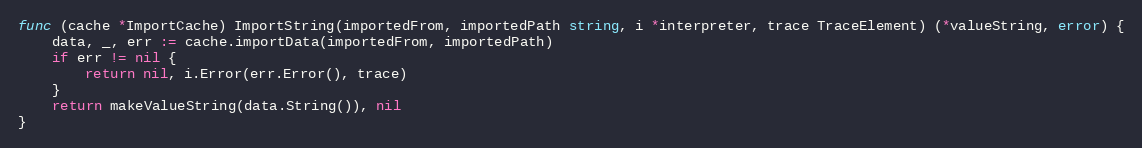
Language: Go
func (cache *ImportCache) ImportString(importedFrom, importedPath string, i *interpreter, trace TraceElement) (*valueString, error) {
	data, _, err := cache.importData(importedFrom, importedPath)
	if err != nil {
		return nil, i.Error(err.Error(), trace)
	}
	return makeValueString(data.String()), nil
}